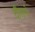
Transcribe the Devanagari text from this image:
दौलाने